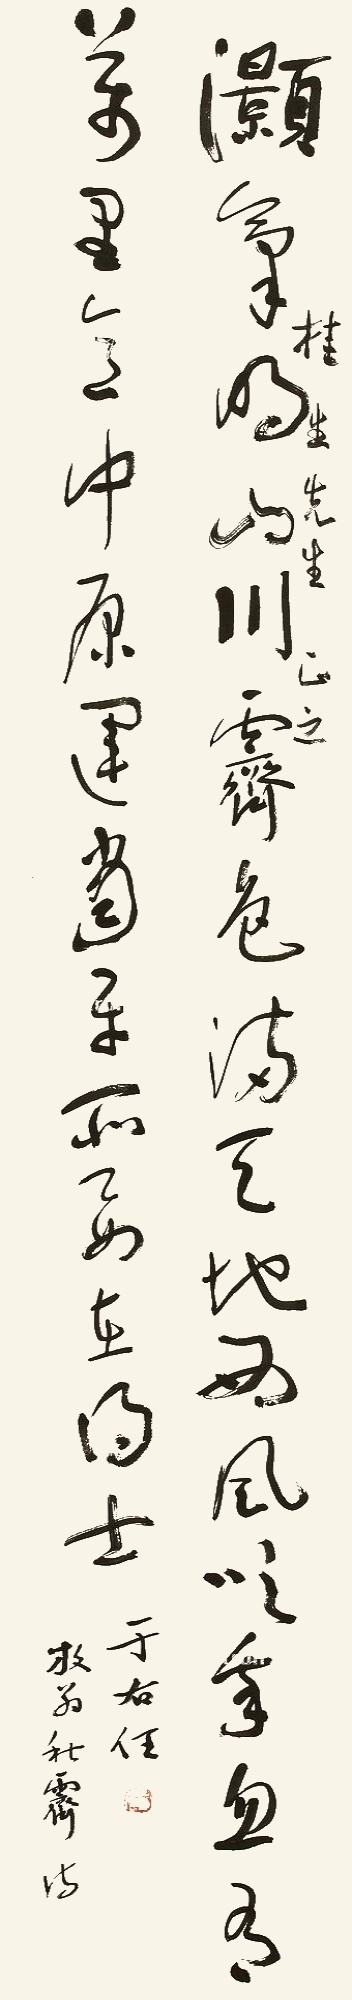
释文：灏气明山川，霁色满天地。西风吹我（衣），忽有万里意。中原运当平，所要在得士。桂生先生正之，放翁〈秋霁〉诗，于右任。